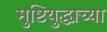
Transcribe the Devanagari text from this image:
मुष्टियुद्धाच्या